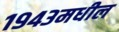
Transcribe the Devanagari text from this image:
१९४३मधील